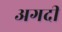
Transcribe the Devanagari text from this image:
अगदीं